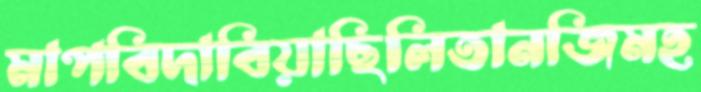
মাপবিদাবিয়াছিলিতানজিমহ